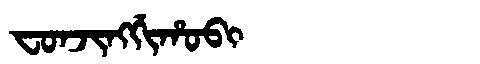
Manchu: ᠸᠣᠨᠵᡳᠩᡤᡳᡥᠣᠪᡳ
Romanization: FONJINGGIHOBI